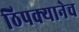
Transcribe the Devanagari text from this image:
ठिपक्यानेच